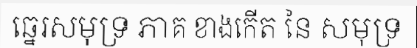
ឆ្នេរសមុទ្រ ភាគ ខាងកើត នៃ សមុទ្រ